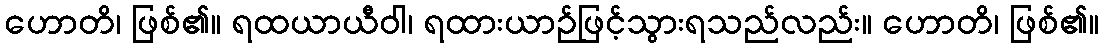
ဟောတိ၊ ဖြစ်၏။ ရထယာယီဝါ၊ ရထားယာဉ်ဖြင့်သွားရသည်လည်း။ ဟောတိ၊ ဖြစ်၏။